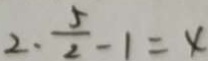
2 \cdot \frac { 5 } { 2 } - 1 = 4